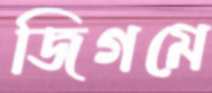
জিগমে